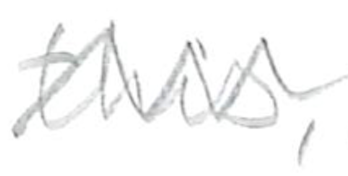
Text: this,
Cross-out: zig-zag
Writing tool: pencil